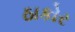
ઠાકોર